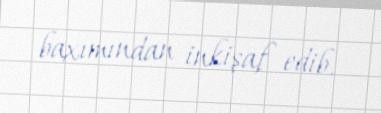
baxımından inkişaf edib.